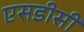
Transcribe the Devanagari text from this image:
एसडीसी